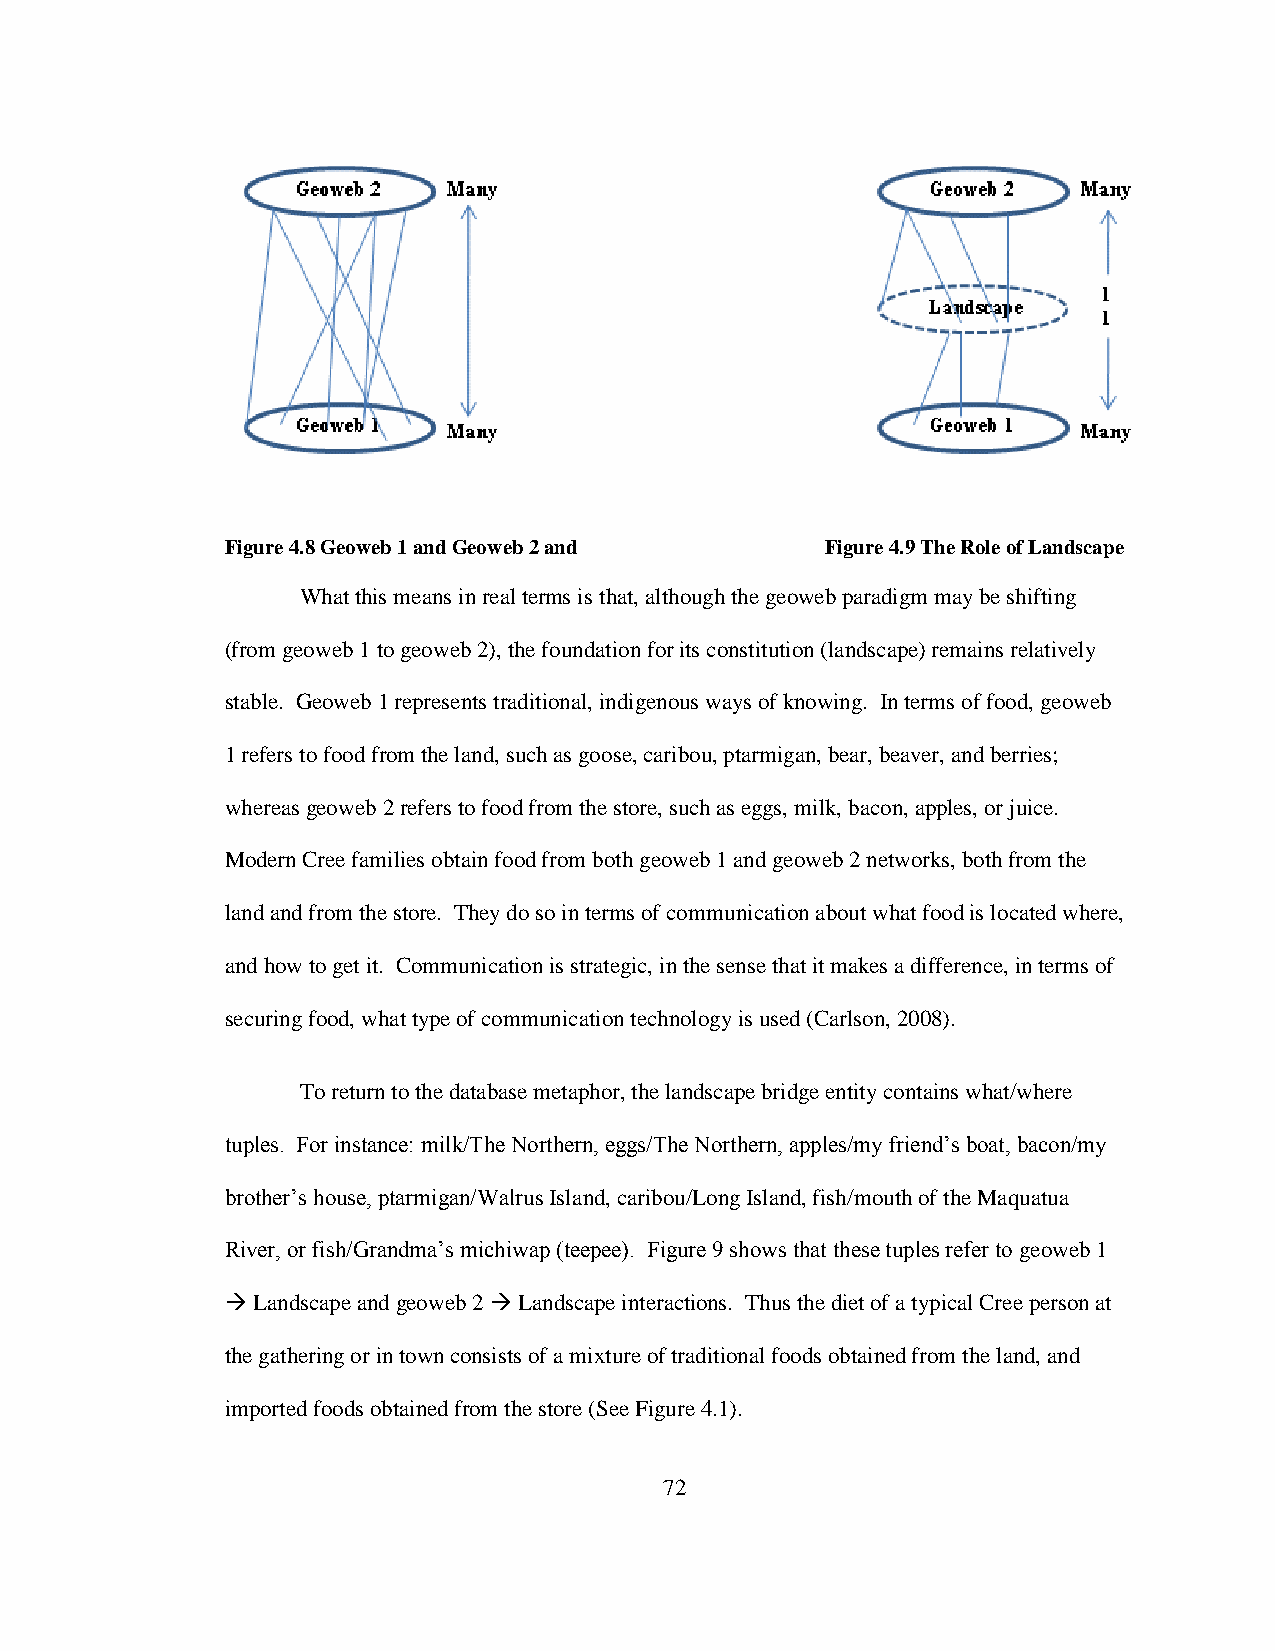
Figure 4.8 Geoweb 1 and Geoweb 2 and    Figure 4.9 The Role of Landscape
 What this means in real terms is that, although the geoweb paradigm may be shifting
 (from geoweb 1 to geoweb 2), the foundation for its constitution (landscape) remains relatively
 stable. Geoweb 1 represents traditional, indigenous ways of knowing. In terms of food, geoweb
 1 refers to food from the land, such as goose, caribou, ptarmigan, bear, beaver, and berries;
 whereas geoweb 2 refers to food from the store, such as eggs, milk, bacon, apples, or juice.
 Modern Cree families obtain food from both geoweb 1 and geoweb 2 networks, both from the
 land and from the store. They do so in terms of communication about what food is located where,
 and how to get it. Communication is strategic, in the sense that it makes a difference, in terms of
 securing food, what type of communication technology is used (Carlson, 2008).
 To return to the database metaphor, the landscape bridge entity contains what/where
 tuples. For instance: milk/The Northern, eggs/The Northern, apples/my friend‟s boat, bacon/my
 brother‟s house, ptarmigan/Walrus Island, caribou/Long Island, fish/mouth of the Maquatua
 River, or fish/Grandma‟s michiwap (teepee). Figure 9 shows that these tuples refer to geoweb 1
  Landscape and geoweb 2  Landscape interactions. Thus the diet of a typical Cree person at
 the gathering or in town consists of a mixture of traditional foods obtained from the land, and
 imported foods obtained from the store (See Figure 4.1).
 72